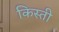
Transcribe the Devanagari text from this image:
किस्‍ती